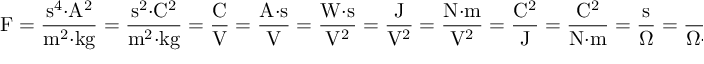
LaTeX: { \mathrm { F } } = { \frac { { \mathrm { s } } ^ { 4 } { \cdot } { \mathrm { A } } ^ { 2 } } { { \mathrm { m } } ^ { 2 } { \cdot } { \mathrm { k g } } } } = { \frac { { \mathrm { s } } ^ { 2 } { \cdot } { \mathrm { C } } ^ { 2 } } { { \mathrm { m } } ^ { 2 } { \cdot } { \mathrm { k g } } } } = { \frac { \mathrm { C } } { \mathrm { V } } } = { \frac { { \mathrm { A } } { \cdot } { \mathrm { s } } } { \mathrm { V } } } = { \frac { { \mathrm { W } } { \cdot } { \mathrm { s } } } { { \mathrm { V } } ^ { 2 } } } = { \frac { \mathrm { J } } { { \mathrm { V } } ^ { 2 } } } = { \frac { { \mathrm { N } } { \cdot } { \mathrm { m } } } { { \mathrm { V } } ^ { 2 } } } = { \frac { { \mathrm { C } } ^ { 2 } } { \mathrm { J } } } = { \frac { { \mathrm { C } } ^ { 2 } } { { \mathrm { N } } { \cdot } { \mathrm { m } } } } = { \frac { \mathrm { s } } { \Omega } } = { \frac { 1 } { \Omega { \cdot } { \mathrm { H z } } } } = { \frac { { \mathrm { s } } ^ { 2 } } { \mathrm { H } } } ,